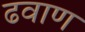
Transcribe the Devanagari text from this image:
ढवाण